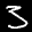
Label: 3